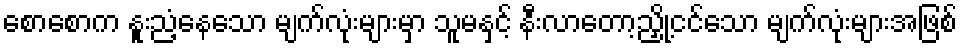
စောစောက နူးညံ့နေသော မျက်လုံးများမှာ သူမနှင့် နီးလာတော့ညှို့ငင်သော မျက်လုံးများအဖြစ်